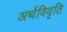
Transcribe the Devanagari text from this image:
अर्थविवृति